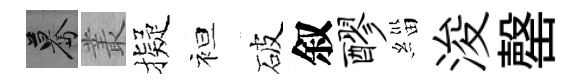
驀叢擬袒破叙醪緇浚罄